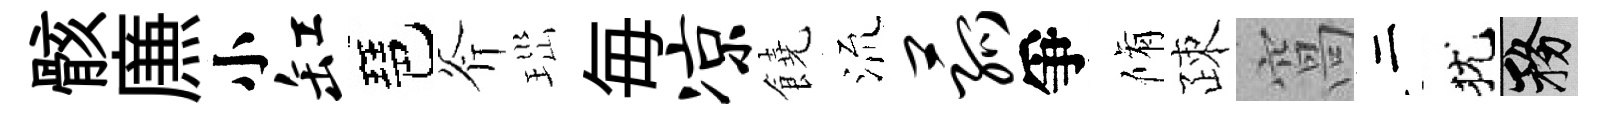
骸㢘小缸琶斧𤤼毎凉饒𣴑菰爭脩疎窩二犹務